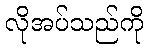
လိုအပ်သည်ကို